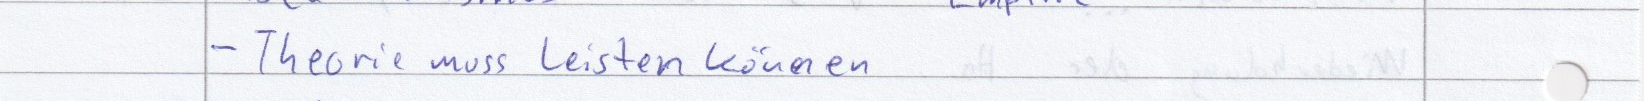
- Theorie muss leisten können